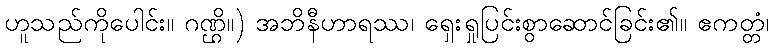
ဟူသည်ကိုပေါင်း။ ဂဏ္ဌိ။) အဘိနီဟာရဿ၊ ရှေးရှုပြင်းစွာဆောင်ခြင်း၏။ ဧကတ္တံ၊